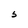
Character: 5